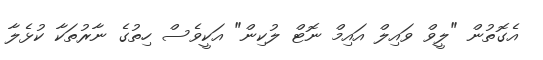
އެގޮތުން "ލީވް ވައިލް އައިމް ނޮޓް ލުކިން" އަކީވެސް ހިތުގެ ނާރުތަކާ ކުޅެލާ